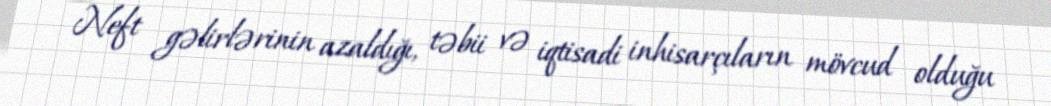
Neft gəlirlərinin azaldığı, təbii və iqtisadi inhisarçıların mövcud olduğu